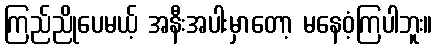
ကြည်ညိုပေမယ့် အနီးအပါးမှာတော့ မနေဝံ့ကြပါဘူး။